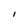
Character: I